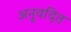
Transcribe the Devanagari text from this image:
अनुवदित